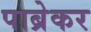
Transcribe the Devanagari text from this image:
पाब्रेकर